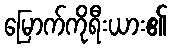
မြောက်ကိုရီးယား၏